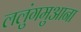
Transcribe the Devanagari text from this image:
ललुंगमुआना